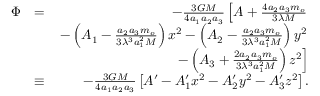
\begin{array} { r l r } { \Phi } & { = } & { - \frac { 3 G M } { 4 a _ { 1 } a _ { 2 } a _ { 3 } } \left[ A + \frac { 4 a _ { 2 } a _ { 3 } m _ { o } } { 3 \lambda M } \right. } \\ & { } & { \left. - \left( A _ { 1 } - \frac { a _ { 2 } a _ { 3 } m _ { o } } { 3 \lambda ^ { 3 } a _ { 1 } ^ { 2 } M } \right) x ^ { 2 } - \left( A _ { 2 } - \frac { a _ { 2 } a _ { 3 } m _ { o } } { 3 \lambda ^ { 3 } a _ { 1 } ^ { 2 } M } \right) y ^ { 2 } \right. } \\ & { } & { \left. - \left( A _ { 3 } + \frac { 2 a _ { 2 } a _ { 3 } m _ { o } } { 3 \lambda ^ { 3 } a _ { 1 } ^ { 2 } M } \right) z ^ { 2 } \right] } \\ & { \equiv } & { - \frac { 3 G M } { 4 a _ { 1 } a _ { 2 } a _ { 3 } } \left[ A ^ { \prime } - A _ { 1 } ^ { \prime } x ^ { 2 } - A _ { 2 } ^ { \prime } y ^ { 2 } - A _ { 3 } ^ { \prime } z ^ { 2 } \right] . } \end{array}